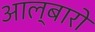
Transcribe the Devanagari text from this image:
आल्बारो